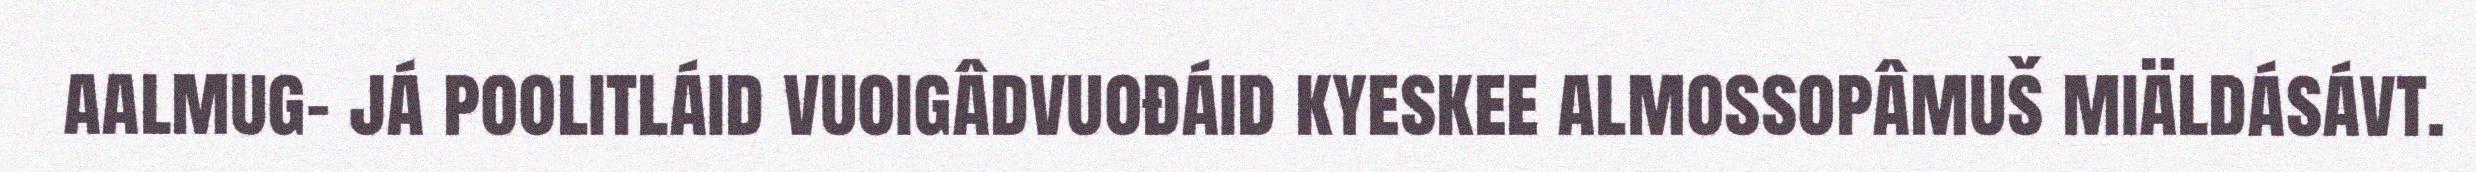
aalmug- já poolitláid vuoigâdvuođáid kyeskee almossopâmuš miäldásávt.